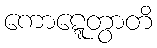
ကောဋ္ဋေတွာတိ